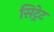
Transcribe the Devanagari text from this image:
सिट्रेट